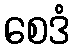
စေဒံ